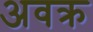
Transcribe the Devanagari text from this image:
अवक्र